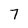
Character: 7